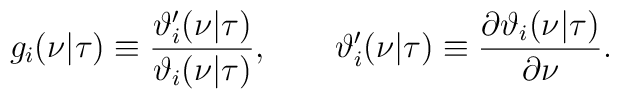
g_i(\nu|\tau)\equiv{\vartheta'_i(\nu|\tau)\over\vartheta_i(\nu|\tau)},  \qquad \vartheta'_i(\nu|\tau)\equiv{\partial\vartheta_i(\nu|\tau)\over\partial\nu}.